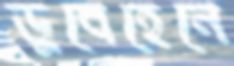
ডুবেহেনে